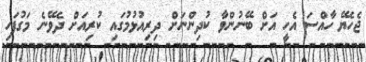
ޖެހެޔޭ ހާއްސަ އެހީ އަށް ބޭނުންވާ ކުދިންނަށް ދިރިއުޅުމުގައި ކުރިއަށް ދެވޭނެ މަގުފަހި